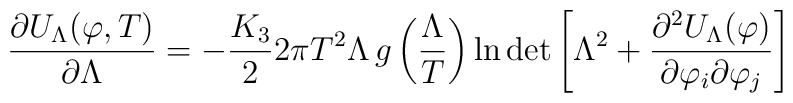
\frac{\partial U_{\Lambda}(\varphi,T)}{\partial \Lambda} =-\frac{K_{3}}{2}2\pi T^{2}\Lambda\,g\left(\frac{\Lambda}{T}\right)\ln\det\left[\Lambda^2 +\frac{\partial^{2} U_{\Lambda}(\varphi)}{\partial\varphi_{i}\partial\varphi_{j}}\right]